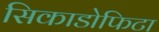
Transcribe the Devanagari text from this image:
सिकाडोफिटा